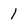
Character: l